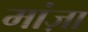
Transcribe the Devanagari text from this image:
मांज़ा